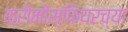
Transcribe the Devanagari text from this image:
क्रोमोस्फियरच्या